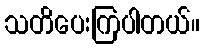
သတိပေးကြပါတယ်။